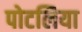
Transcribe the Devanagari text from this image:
पोटलिया